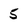
Character: 5